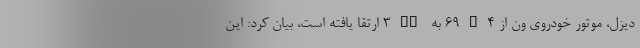
دیزل، موتور خودروی ون از 69G4 به ۳TZ ارتقا یافته است، بیان کرد: این